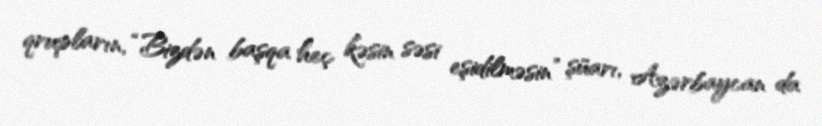
qrupların, “Bizdən başqa heç kəsin səsi eşidilməsin” şüarı, Azərbaycan da